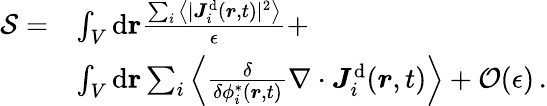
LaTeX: \begin{array}{rl}{{\mathcal{S}}=}&{\int_{V}\mathrm{d}\mathbf{{\boldsymbol{r}}}\frac{\sum_{i}\big\langle\vert{{\boldsymbol{J}}}_{i}^{\mathrm{d}}({\boldsymbol{r}},t)\vert^{2}\big\rangle}{\epsilon}+}\\ &{\int_{V}\mathrm{d}\mathbf{r}\sum_{i}\left\langle\frac{\delta}{\delta{\phi_{i}^{*}(\boldsymbol{r},t)}}\nabla\cdot{\boldsymbol{J}}_{i}^{\mathrm{d}}({\boldsymbol{r}},t)\right\rangle+\mathcal{O}(\epsilon)\, .}\end{array}